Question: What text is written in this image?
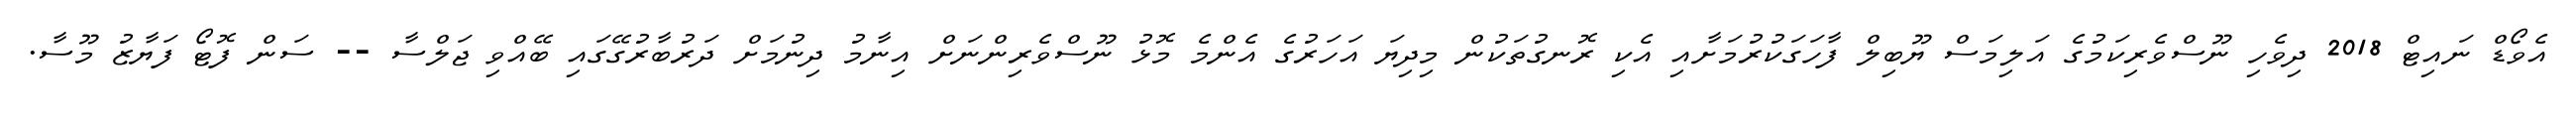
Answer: އެވޯޑް ނައިޓް 2018 ދިވެހި ނޫސްވެރިކަމުގެ އަލިމަސް ޔޫބިލް ފާހަގަކުރުމަށާއި އެކި ރޮނގުތަކުން މިދިޔަ އަހަރުގެ އެންމެ މޮޅު ނޫސްވެރިންނަށް އިނާމު ދިނުމަށް ދަރުބާރުގޭގައި ބޭއްވި ޖަލްސާ -- ސަން ފޮޓޯ ފަޔާޒު މޫސާ.